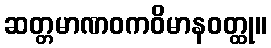
ဆတ္တမာဏဝကဝိမာနဝတ္ထု။